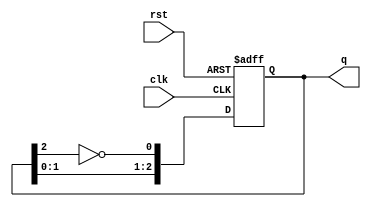
module ring_johnson_counter #(parameter N = 3) (
    input wire clk,          // Clock signal
    input wire rst,          // Reset signal
    output reg [N-1:0] q     // Output state
);

    // Internal signal for the inverted output of the last flip-flop
    wire feedback;

    // Feedback is the inverted output of the last flip-flop
    assign feedback = ~q[N-1];

    always @(posedge clk or posedge rst) begin
        if (rst) begin
            // Initialize all flip-flops to 0 on reset
            q <= 0;
        end else begin
            // Shift the state and feedback to the first flip-flop
            q <= {q[N-2:0], feedback};
        end
    end

endmodule